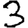
Digit: 3